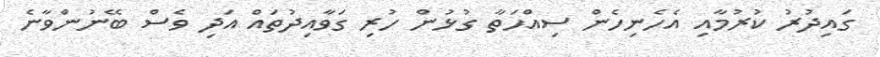
ގައިދުރު ކުރުމާއި އެހެނިހެން ސިއްޙަތާ ގުޅުން ހުރި ގަވާއިދުތައް އަދި ވެސް ބޭނުންވާނެ